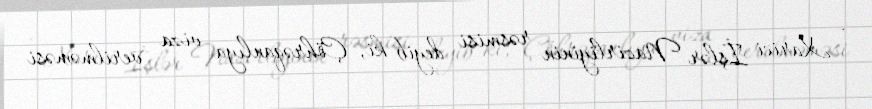
- Xarici İşlər Nazirliyinin rəsmisi deyib ki, Çöhrəqanlıya viza verilməməsi